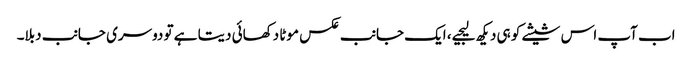
اب آپ اس شیشے کو ہی دیکھ لیجیے، ایک جانب عکس موٹا دکھائی دیتا ہے تو دوسری جانب دبلا۔